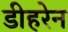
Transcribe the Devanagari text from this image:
डीहरेन